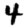
Digit: 4